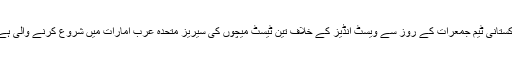
پاکستانی ٹیم جمعرات کے روز سے ویسٹ انڈیز کے خلاف تین ٹیسٹ میچوں کی سیریز متحدہ عرب امارات میں شروع کرنے والی ہے ۔